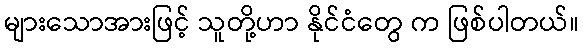
များသောအားဖြင့် သူတို့ဟာ နိုင်ငံတွေ က ဖြစ်ပါတယ်။